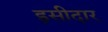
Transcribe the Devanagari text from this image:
इसीदार